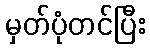
မှတ်ပုံတင်ပြီး